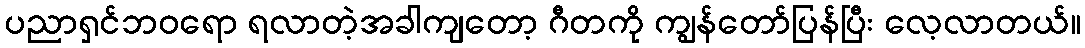
ပညာရှင်ဘဝရော ရလာတဲ့အခါကျတော့ ဂီတကို ကျွန်တော်ပြန်ပြီး လေ့လာတယ်။